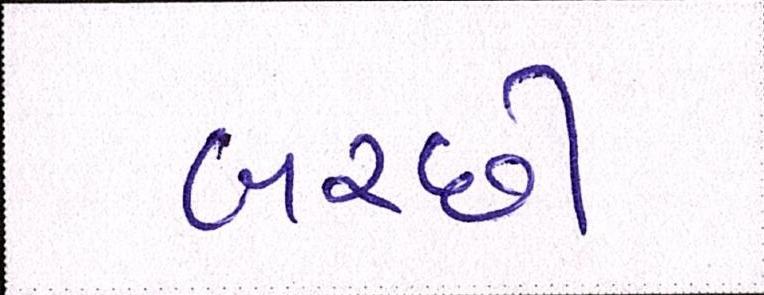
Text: બરછી